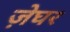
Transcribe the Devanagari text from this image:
ज़ेघर